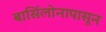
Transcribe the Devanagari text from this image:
बार्सिलोनापासून